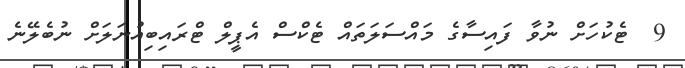
9  ޓެކުހަށް ނުވާ ފައިސާގެ މައްސަލަތައް ޓެކްސް އެޕީލް ޓްރައިބިއުނަލަށް ނުބެލޭނެ